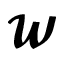
\mathbfcal { W }